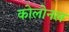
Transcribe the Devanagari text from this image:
कोलोनल